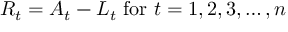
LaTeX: R _ { t } = A _ { t } - L _ { t } { \mathrm { ~ f o r ~ } } t = 1 , 2 , 3 , \ldots , n